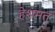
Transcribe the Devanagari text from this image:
हेशमत